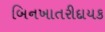
બિનખાતરીદાયક